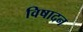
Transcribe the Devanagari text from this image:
विषादन